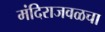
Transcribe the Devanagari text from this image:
मंदिराजवळचा